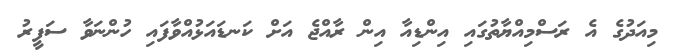
މިއަދުގެ އެ ރަސްމިއްޔާތުގައި އިންޑިއާ އިން ރާއްޖެ އަށް ކަނޑައަޅުއްވާފައި ހުންނަވާ ސަފީރު